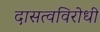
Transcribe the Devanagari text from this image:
दासत्वविरोधी